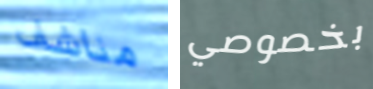
مناشف بخصوصي